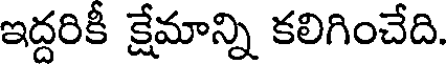
ఇద్దరికీ క్షేమాన్ని కలిగించేది.